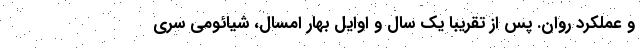
و عملکرد روان. پس از تقریبا یک سال و اوایل بهار امسال، شیائومی سری